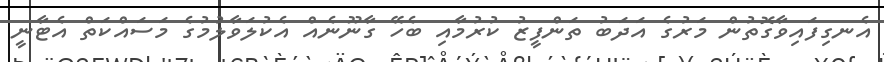
އެނގިފައިވާގޮތުން މަރުގެ އަދަބު ތަންފީޒު ކުރުމާއި ބެހޭ ގާނޫނެއް އެކުލަވާލުމުގެ މަސައްކަތް އެޓާނީ